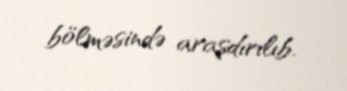
bölməsində araşdırılıb.